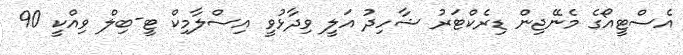
އެސްޓީއޯގެ މެނޭޖިން ޑިރެކްޓަރު ޝާހިދު އަލީ ވިދާޅުވީ އިސްލާމިކް ޓީ-ބިލް ވިއްކީ 90